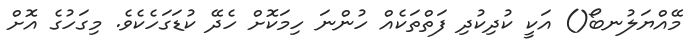
މޭއްޔަލުނބޯ() އަކީ ކުދިކުދި ފަތްތަކެއް ހުންނަ ހިމަކޮށް ހެދޭ ކުޑަގަހެކެވެ. މިގަހުގެ އޮށް